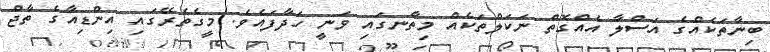
ބިނާތަކެއްގެ އަސްލާ އެއްގޮތް ނަކަލްތަކެއް މިތާނގައި ވަނީ ހަދާފައެވެ. މީގެތެރޭގައި އިންޑިއާގެ ތާޖް